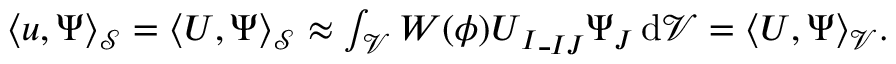
\begin{array} { r } { \langle \boldsymbol { u } , \boldsymbol { \Psi } \rangle _ { \mathcal { S } } = \langle \boldsymbol { U } , \boldsymbol { \Psi } \rangle _ { \mathcal { S } } \approx \int _ { \mathcal { V } } W ( \phi ) \boldsymbol { U } _ { I } \underline { { \operatorname { \Pi } } } _ { I J } \boldsymbol { \Psi } _ { J } \, \mathrm { d } \mathcal { V } = \langle \boldsymbol { U } , \boldsymbol { \Psi } \rangle _ { \mathcal { V } } . } \end{array}